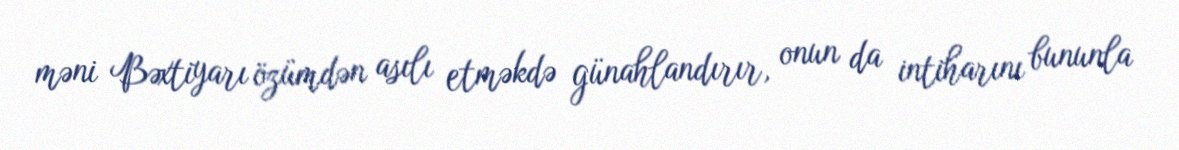
məni Bəxtiyarı özümdən asılı etməkdə günahlandırır, onun da intiharını bununla